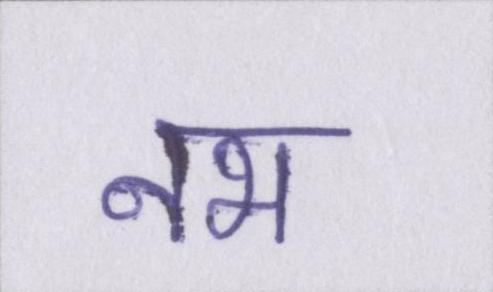
नभ